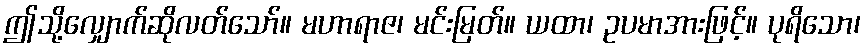
ဤသို့လျှောက်ဆိုလတ်သော်။ မဟာရာဇ၊ မင်းမြတ်။ ယထာ၊ ဥပမာအားဖြင့်။ ပုရိသော၊